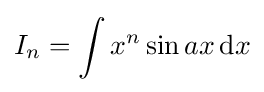
I_{n}=\int x^{n}\sin {ax}\,{\text{d}}x\,\!